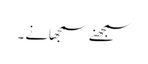
سمجھنے سمجھانے ۔